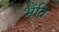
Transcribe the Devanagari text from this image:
भँति